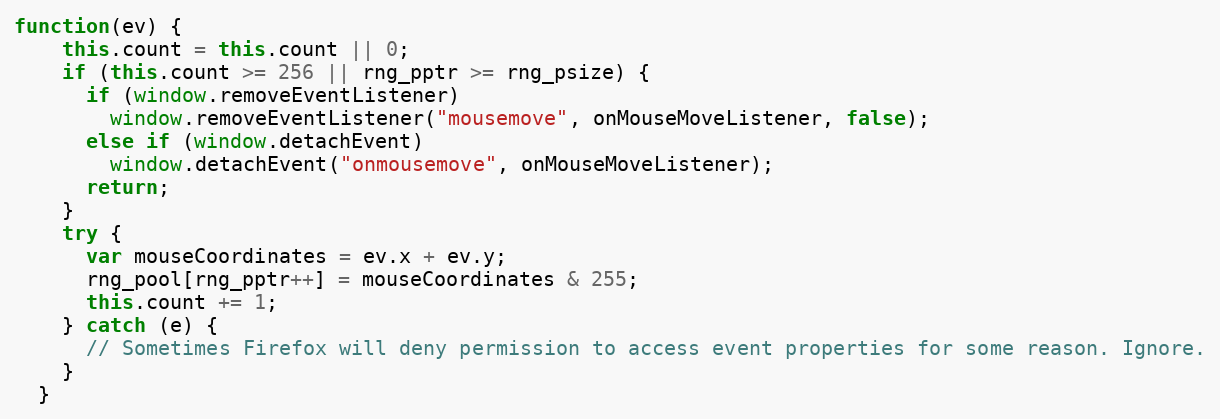
Language: JavaScript
function(ev) {
    this.count = this.count || 0;
    if (this.count >= 256 || rng_pptr >= rng_psize) {
      if (window.removeEventListener)
        window.removeEventListener("mousemove", onMouseMoveListener, false);
      else if (window.detachEvent)
        window.detachEvent("onmousemove", onMouseMoveListener);
      return;
    }
    try {
      var mouseCoordinates = ev.x + ev.y;
      rng_pool[rng_pptr++] = mouseCoordinates & 255;
      this.count += 1;
    } catch (e) {
      // Sometimes Firefox will deny permission to access event properties for some reason. Ignore.
    }
  }